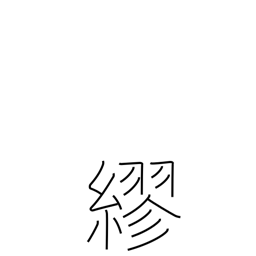
Meaning: wrap around